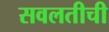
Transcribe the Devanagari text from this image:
सवलतीची